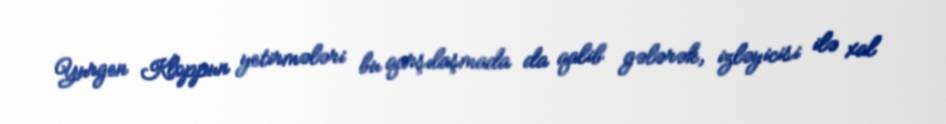
Yurgen Kloppun yetirmələri bu qarşılaşmada da qalib gələrək, izləyicisi ilə xal